Civil Veterinary Department. Madras. Admin. report 1926-33 - 1926-1933
Year: 1926
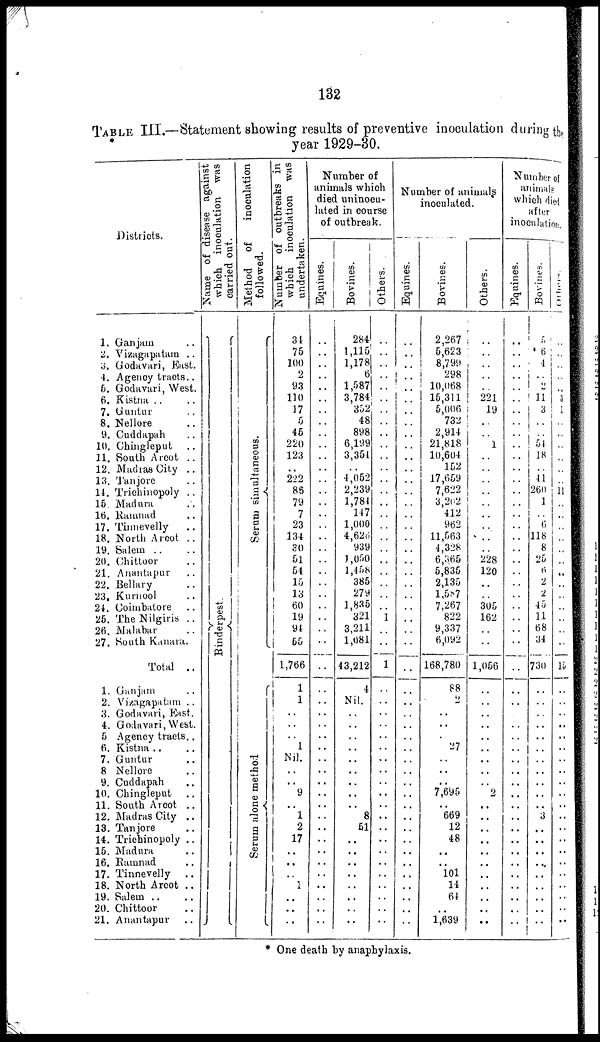
132
TABLE III.—Statement showing results of preventive inoculation during the
year 1929-30.
Districts.
1. Ganjain ..
2. Vizagapatam ..
3. Godavari, East.
4. Agency tracts ..
6. Godavari, West.
6. Kistna .. ..
7. Guntur ..
8. Nellore ..
9, Cuddapah ..
10. Chingleput ..
11. South Arcot ..
12. Madras City ..
13. Tanjore ..
14. Trichinopoly ..
16. Madura
16. Ramnad ..
17. Tinnevelly ..
18. North Arcot ..
19. Salem .. ..
20. Chittoor ..
21. Anantapur ..
22. Bellary ..
23. Kurnool ..
24. Coimbatore ..
26. The Nilgiris ..
26. Malabar
27. South Kanara.
Total ..
1. Ganjam ..
2. Vizagapatam ..
3. Godavari, East.
4. Godavari, West.
5 Agency tracts ..
6. Kistna ..
7. Guntur ..
8 Nellore ..
9. Cuddapah ..
10. Chingleput ..
11. South Arcot ..
12. Madras City ..
13. Tanjore ..
14. Trichinopoly ..
15. Madura ..
16. Ramnad ..
17. Tinnevelly ..
18. North Arcot ..
19. Salem .. ..
20. Chittoor ..
21. Anantapur ..
Name of disease against
which inoculation was
carried out.
Ri nder pes t
.
Method of
inoculation
followed.
Se r
um simultaneous.
Serum alone method
Number of outbreaks in
which inoculation was
undertaken.
34
75
100
2
93
110
17
5
45
220
123
..
222
86
79
7
23
134
30
51
54
15
13
60
19
94
55
1,766
1
1
..
..
..
1
Nil.
..
..
9
..
1
2
17
..
..
..
1
..
..
..
Number of
animals which
died uninocu-
lated in course
of outbreak.
Equines.
..
..
..
..
..
..
..
..
..
..
..
..
..
..
..
..
..
..
..
..
..
..
..
..
..
..
..
..
..
..
..
..
..
..
..
..
..
..
..
..
..
..
..
..
..
..
..
..
..
Bovines.
284
1,115
1,178
6
1,587
3,784
352
48
898
6,199
3,354
..
4,052
2,239
1,781
147
1,000
4,626
939
1,050
1,458
385
279
1,835
321
3,211
1,081
43,212
4
Nil.
..
..
..
..
..
..
..
..
8
51
..
..
..
..
..
..
..
..
Others.
..
..
..
..
..
..
..
..
..
..
..
..
..
..
..
..
..
..
..
..
..
..
..
..
1
..
..
1
..
..
..
..
..
..
..
..
..
..
..
..
..
..
..
..
..
..
..
..
..
Number of animals
inoculated.
Equines.
..
..
..
..
..
..
..
..
..
..
..
..
..
..
..
..
..
..
..
..
..
..
..
..
..
..
..
..
..
..
..
..
..
..
..
..
..
..
..
..
..
..
..
..
..
..
..
..
..
Bovines.
2,267
5,623
8,799
298
10,068
15,311
5,006
732
2,914
21,818
10,604
152
17,659
7,622
3,262
412
962
11,563
4,328
6,365
5,835
2,135
l,587
7,267
822
9,337
6,092
168,780
88
2
..
..
..
27
..
..
..
7,695
..
669
12
48
..
..
101
14
64
..
1,639
Others.
..
..
....
..
..
221
19
..
..
1
..
..
..
..
..
..
..
..
..
228
120
..
..
305
162
..
..
1,056
..
..
..
..
..
..
..
..
..
2
..
..
..
..
..
..
..
..
..
..
..
Number of
animals
which died
after
inoculation.
Equines.
..
..
..
..
..
..
..
..
..
..
..
..
..
..
..
..
..
..
..
..
..
..
..
..
..
..
..
..
..
..
..
..
..
..
..
..
..
..
..
..
..
..
..
..
..
..
..
..
..
Bovines.
5
6
4
..
2
11
3
..
..
51
18
..
41
260
1
..
6
118
8
25
6
2
2
45
11
68
34
730
..
..
..
..
..
..
..
..
..
..
..
3
..
..
..
..
..
..
..
..
..
Others.
..
..
..
..
..
3
1
..
..
..
..
..
..
11
..
..
..
..
..
..
..
..
..
..
..
..
..
15
..
..
..
..
..
..
..
..
..
..
..
..
..
..
..
..
..
..
..
..
..
* One death by anaphylaxis.